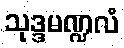
သုဒ္ဒမဏ္ဍလံ